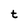
Character: t